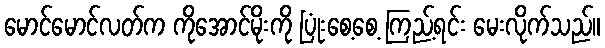
မောင်မောင်လတ်က ကိုအောင်မိုးကို ပြုံးစေ့စေ့ ကြည့်ရင်း မေးလိုက်သည်။